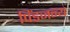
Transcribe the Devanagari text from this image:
पिंडजन्य